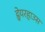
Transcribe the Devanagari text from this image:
ह्वेयरहाउस